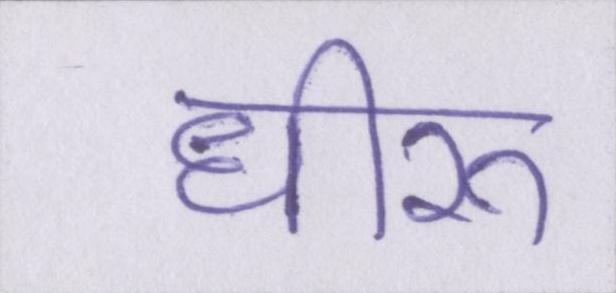
धीरू